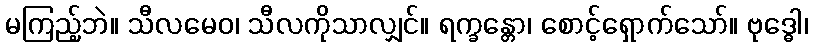
မကြည့်ဘဲ။ သီလမေဝ၊ သီလကိုသာလျှင်။ ရက္ခန္တော၊ စောင့်ရှောက်သော်။ ဗုဒ္ဓေါ၊